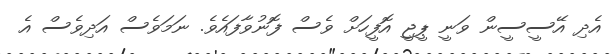
އެދި އޭސީސީން ވަނީ ޕީޖީ އޮފީހަށް ވެސް ފޮނުވާފައެވެ. ނަމަވެސް އަދިވެސް އެ